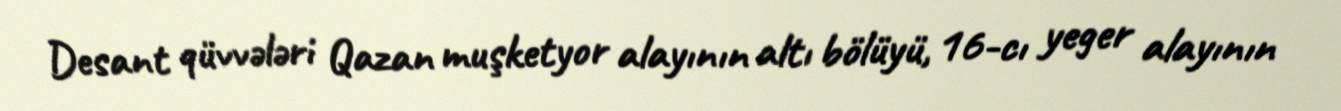
Desant qüvvələri Qazan muşketyor alayının altı bölüyü, 16-cı yeger alayının